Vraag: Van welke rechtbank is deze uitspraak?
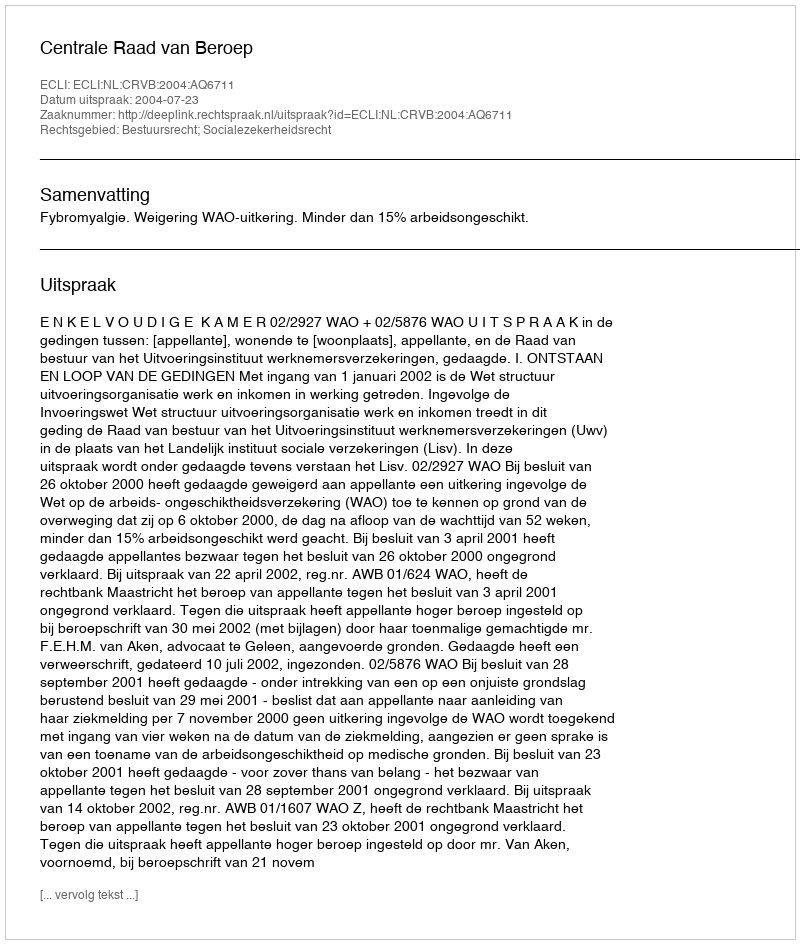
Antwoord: Centrale Raad van Beroep